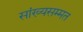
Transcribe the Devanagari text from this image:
सांख्यसम्मत